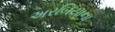
અરબિયાના